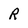
Character: R